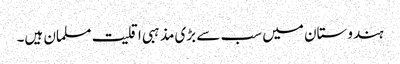
ہندوستان میں سب سے بڑی مذہبی اقلیت مسلمان ہیں۔